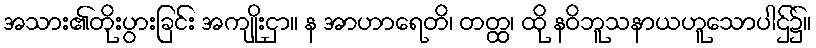
အသား၏တိုးပွားခြင်း အကျိုးငှာ။ န အာဟာရေတိ၊ တတ္ထ၊ ထို နဝိဘူသနာယဟူသောပါဌ်၌။